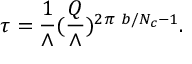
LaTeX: \tau = { \frac { 1 } { \wedge } } ( { \frac { Q } { \wedge } } ) ^ { 2 \pi \ b / N _ { c } - 1 } .